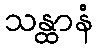
သန္ထာနံ